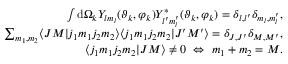
\begin{array} { r } { \int \mathrm { d } \Omega _ { k } Y _ { l m _ { l } } ( \vartheta _ { k } , \varphi _ { k } ) Y _ { l ^ { \prime } m _ { l } ^ { \prime } } ^ { * } ( \vartheta _ { k } , \varphi _ { k } ) = \delta _ { l , l ^ { \prime } } \delta _ { m _ { l } , m _ { l } ^ { \prime } } , } \\ { \sum _ { m _ { 1 } , m _ { 2 } } \langle J M | j _ { 1 } m _ { 1 } j _ { 2 } m _ { 2 } \rangle \langle j _ { 1 } m _ { 1 } j _ { 2 } m _ { 2 } | J ^ { \prime } M ^ { \prime } \rangle = \delta _ { J , J ^ { \prime } } \delta _ { M , M ^ { \prime } } , } \\ { \langle j _ { 1 } m _ { 1 } j _ { 2 } m _ { 2 } | J M \rangle \neq 0 \ \Leftrightarrow \ m _ { 1 } + m _ { 2 } = M . } \end{array}